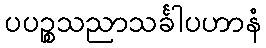
ပပဉ္စသညာသင်္ခါပဟာနံ